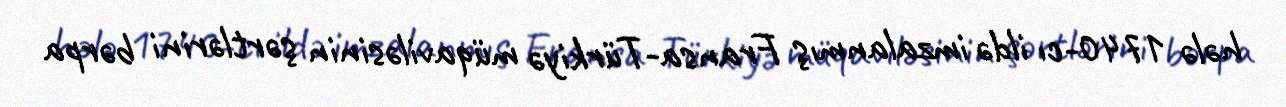
hələ 1740-cı ildə imzalanmış Fransa-Türkiyə müqaviləsinin şərtlərini bərpa